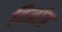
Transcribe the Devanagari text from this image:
दिनांत